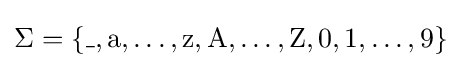
\Sigma =\{\_,\mathrm {a} ,\dots ,\mathrm {z} ,\mathrm {A} ,\dots ,\mathrm {Z} ,0,\mathrm {1} ,\dots ,\mathrm {9} \}